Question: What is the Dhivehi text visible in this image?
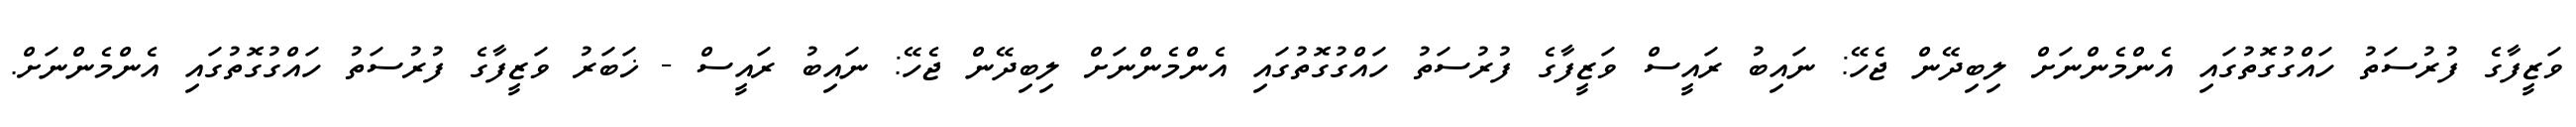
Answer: ވަޒީފާގެ ފުރުސަތު ހައްގުގޮތުގައި އެންމެންނަށް ލިބިދޭން ޖެހޭ: ނައިބު ރައީސް ވަޒީފާގެ ފުރުސަތު ހައްގުގޮތުގައި އެންމެންނަށް ލިބިދޭން ޖެހޭ: ނައިބު ރައީސް - ޚަބަރު ވަޒީފާގެ ފުރުސަތު ހައްގުގޮތުގައި އެންމެންނަށް.